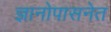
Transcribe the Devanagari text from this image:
ज्ञानोपासनेत